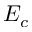
E _ { c }